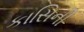
કાસિની